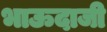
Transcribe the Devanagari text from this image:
भाऊदाजी